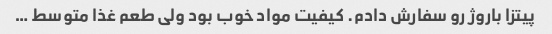
پیتزا باروژ رو سفارش دادم. کیفیت مواد خوب بود ولی طعم غذا متوسط …